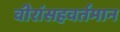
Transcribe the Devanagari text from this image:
वीरांसहवर्तमान